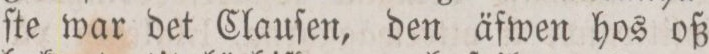
ſte war det Clauſen, den äfwen hos oß